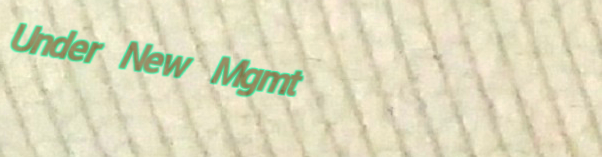
Under New Mgmt